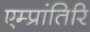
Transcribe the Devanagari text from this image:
एम्प्रांतिरि